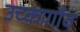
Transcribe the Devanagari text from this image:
उच्कागाँव